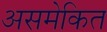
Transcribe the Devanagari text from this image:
असमेकित